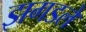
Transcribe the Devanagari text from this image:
झगडले